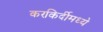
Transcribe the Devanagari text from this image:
करकिर्दीमध्ये